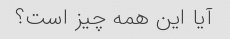
آیا این همه چیز است؟